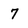
Character: 7